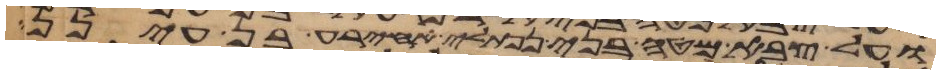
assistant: ועל צבא מטה בני נפתלי אחירע בן עינן